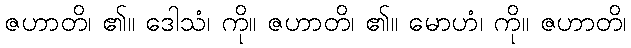
ဇဟာတိ၊ ၏။ ဒေါသံ၊ ကို။ ဇဟာတိ၊ ၏။ မောဟံ၊ ကို။ ဇဟာတိ၊